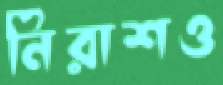
নিরাশও